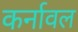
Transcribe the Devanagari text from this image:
कर्नावल